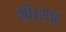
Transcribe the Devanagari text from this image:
शीरशाह